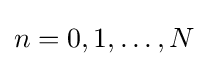
n=0,1,\ldots ,N